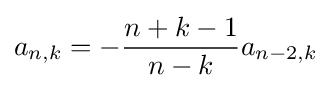
a_{n,k}=-{\frac {n+k-1}{n-k}}a_{n-2,k}